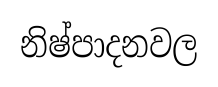
නිෂ්පාදනවල